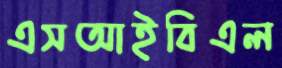
এসআইবিএল